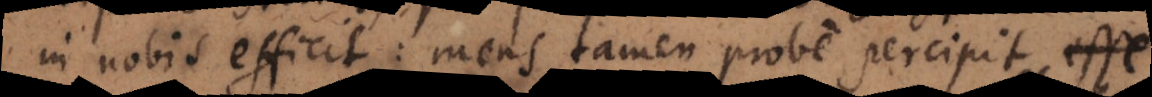
in nobis efficit: mens tamen probe percipit esse